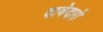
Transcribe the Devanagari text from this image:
दावेदारो